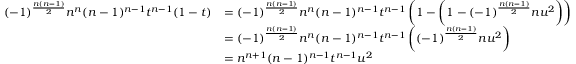
{ \begin{array} { r l } { ( - 1 ) ^ { \frac { n ( n - 1 ) } { 2 } } n ^ { n } ( n - 1 ) ^ { n - 1 } t ^ { n - 1 } ( 1 - t ) } & { = ( - 1 ) ^ { \frac { n ( n - 1 ) } { 2 } } n ^ { n } ( n - 1 ) ^ { n - 1 } t ^ { n - 1 } \left( 1 - \left( 1 - ( - 1 ) ^ { \frac { n ( n - 1 ) } { 2 } } n u ^ { 2 } \right) \right) } \\ & { = ( - 1 ) ^ { \frac { n ( n - 1 ) } { 2 } } n ^ { n } ( n - 1 ) ^ { n - 1 } t ^ { n - 1 } \left( ( - 1 ) ^ { \frac { n ( n - 1 ) } { 2 } } n u ^ { 2 } \right) } \\ & { = n ^ { n + 1 } ( n - 1 ) ^ { n - 1 } t ^ { n - 1 } u ^ { 2 } } \end{array} }